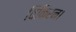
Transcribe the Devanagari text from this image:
विकिरन।